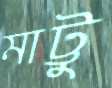
মাট্টু